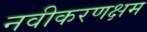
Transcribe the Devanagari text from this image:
नवीकरणक्षम